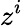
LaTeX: z^{i}